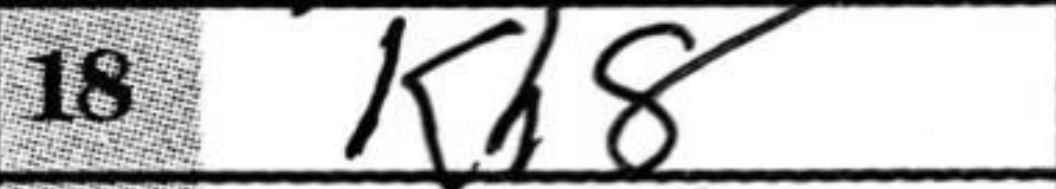
Transcription: Kh8